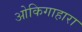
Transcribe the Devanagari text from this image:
ओकिगाहारा